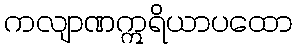
ကလျာဏဣရိယာပထော